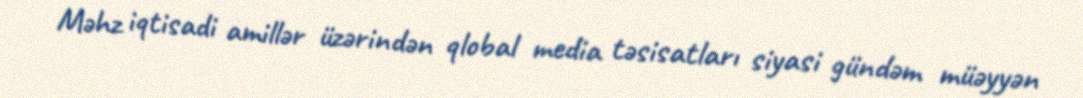
Məhz iqtisadi amillər üzərindən qlobal media təsisatları siyasi gündəm müəyyən